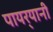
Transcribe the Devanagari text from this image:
पायर्‍यानी